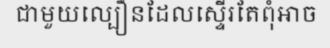
ជាមួយល្បឿនដែលស្ទើរតែពុំអាច